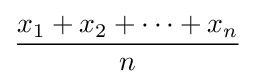
{\frac {x_{1}+x_{2}+\cdots +x_{n}}{n}}